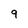
Character: q